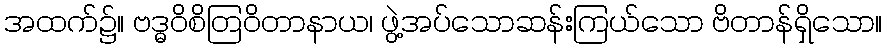
အထက်၌။ ဗဒ္ဓဝိစိတြဝိတာနာယ၊ ဖွဲ့အပ်သောဆန်းကြယ်သော ဗိတာန်ရှိသော။